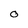
Character: O